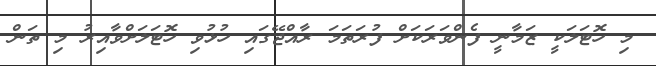
މި ހޮޓަލަކީ ޒަމާނީ ފެންވަރަކަށް ފުރަތަމަ ރާއްޖޭގައި ހުޅުވި ހޮޓަލަށްވާއިރު މި ތަން